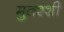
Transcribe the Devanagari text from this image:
मुतश्शी